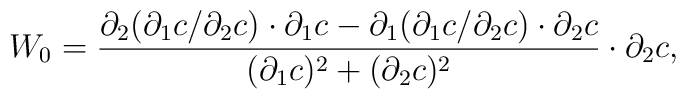
W_{0}=\frac{{\partial}_{2}({\partial}_{1} c / {\partial}_{2} c)  \cdot{\partial}_{1} c -{\partial}_{1}({\partial}_{1} c / {\partial}_{2} c ) \cdot{\partial}_{2} c }{({\partial}_{1} c)^{2}+({\partial}_{2} c)^{2}}\cdot {\partial}_{2} c,